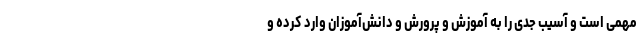
مهمی است و آسیب جدی را به آموزش و پرورش و دانش‌آموزان وارد کرده و